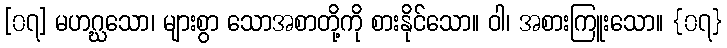
[၀၇] မဟဂ္ဃသော၊ များစွာ သောအစာတို့ကို စားနိုင်သော။ ဝါ၊ အစားကြူးသော။ {၀၇}